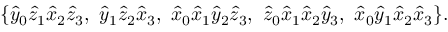
\{ { \hat { y } } _ { 0 } { \hat { z } } _ { 1 } { \hat { x } } _ { 2 } { \hat { z } } _ { 3 } , \ { \hat { y } } _ { 1 } { \hat { z } } _ { 2 } { \hat { x } } _ { 3 } , \ { \hat { x } } _ { 0 } { \hat { x } } _ { 1 } { \hat { y } } _ { 2 } { \hat { z } } _ { 3 } , \ { \hat { z } } _ { 0 } { \hat { x } } _ { 1 } { \hat { x } } _ { 2 } { \hat { y } } _ { 3 } , \ { \hat { x } } _ { 0 } { \hat { y } } _ { 1 } { \hat { x } } _ { 2 } { \hat { x } } _ { 3 } \} .